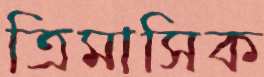
ত্রিমাসিক